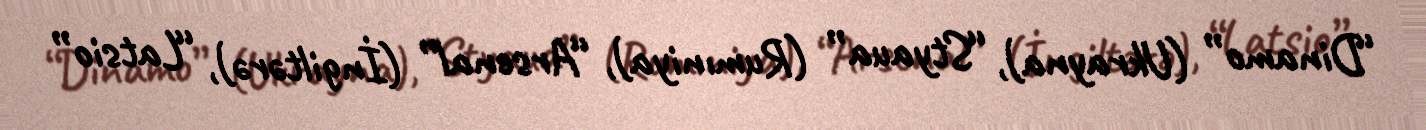
“Dinamo” (Ukrayna), “Styaua” (Rumıniya), “Arsenal” (İngiltərə), “Latsio”